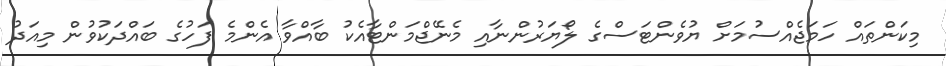
މިކަންތައް ހަމަޖެއްސުމަށް ޔުވެންޓަސްގެ ލޯޔަރުންނާއި މެނޭޖްމަންޓާއެކު ބާއްވާ އެންމެ ފަހުގެ ބައްދަކުވުން މިއަދު